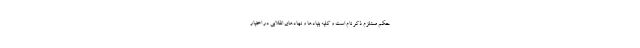
حکم مستلزم ذکر نام است و کلیه بنیادها و نهادهای انقلابی در اختیار